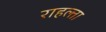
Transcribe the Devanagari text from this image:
राहल्ता